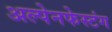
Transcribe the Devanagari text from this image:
अल्पेनफेस्टंग